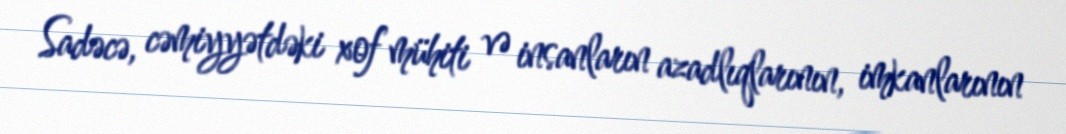
Sadəcə, cəmiyyətdəki xof mühiti və insanların azadlıqlarının, imkanlarının